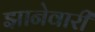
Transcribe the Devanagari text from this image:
झानेवारी